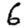
Digit: 6